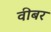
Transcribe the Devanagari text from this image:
वीबर